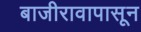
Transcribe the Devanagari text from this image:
बाजीरावापासून